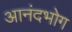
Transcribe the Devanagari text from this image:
आनंदभोग